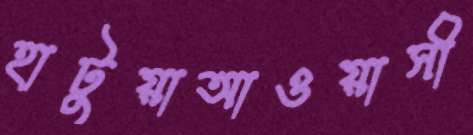
হাটুয়াআওয়াসী